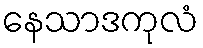
နေသာဒကုလံ